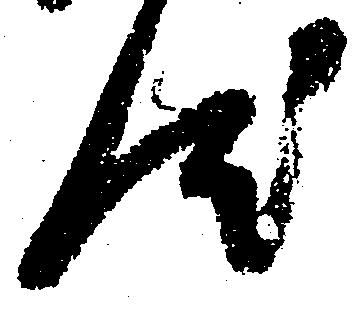
汰